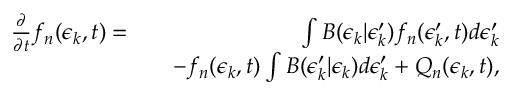
\begin{array} { r l r } { \frac { \partial } { \partial t } f _ { n } ( \epsilon _ { k } , t ) = } & { } & { \int B ( \epsilon _ { k } | \epsilon _ { k } ^ { \prime } ) f _ { n } ( \epsilon _ { k } ^ { \prime } , t ) d \epsilon _ { k } ^ { \prime } } \\ & { } & { - f _ { n } ( \epsilon _ { k } , t ) \int B ( \epsilon _ { k } ^ { \prime } | \epsilon _ { k } ) d \epsilon _ { k } ^ { \prime } + Q _ { n } ( \epsilon _ { k } , t ) , } \end{array}